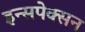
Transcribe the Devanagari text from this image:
इन्सपेक्सन